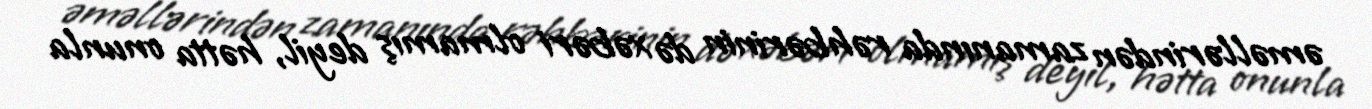
əməllərindən zamanında rəhbərinin də xəbəri olmamış deyil, hətta onunla